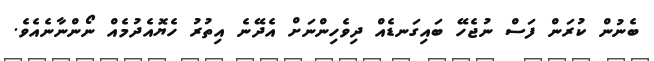
ބެނުން ކުރަން ފަސް ނުޖެހޭ ބައިގަނޑެއް ދިވެހިންނަށް އެދޭނެ އިތުރު ހެޔޮއެދުމެއް ނޯންނާނެއެވެ.